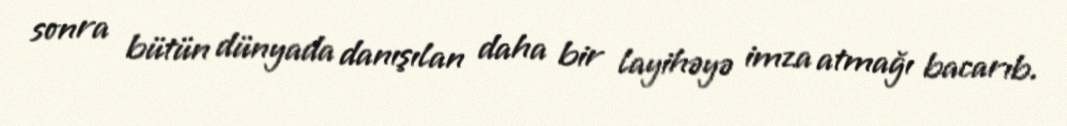
sonra bütün dünyada danışılan daha bir layihəyə imza atmağı bacarıb.